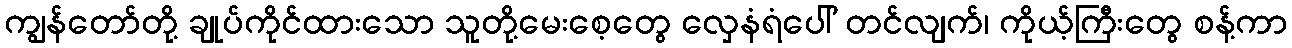
ကျွန်တော်တို့ ချုပ်ကိုင်ထားသော သူတို့မေးစေ့တွေ လှေနံရံပေါ် တင်လျက်၊ ကိုယ့်ကြီးတွေ စန့်ကာ